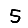
Digit: 5